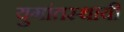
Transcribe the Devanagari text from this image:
युगांतस्थायी